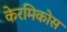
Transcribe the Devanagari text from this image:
केरमिकोस